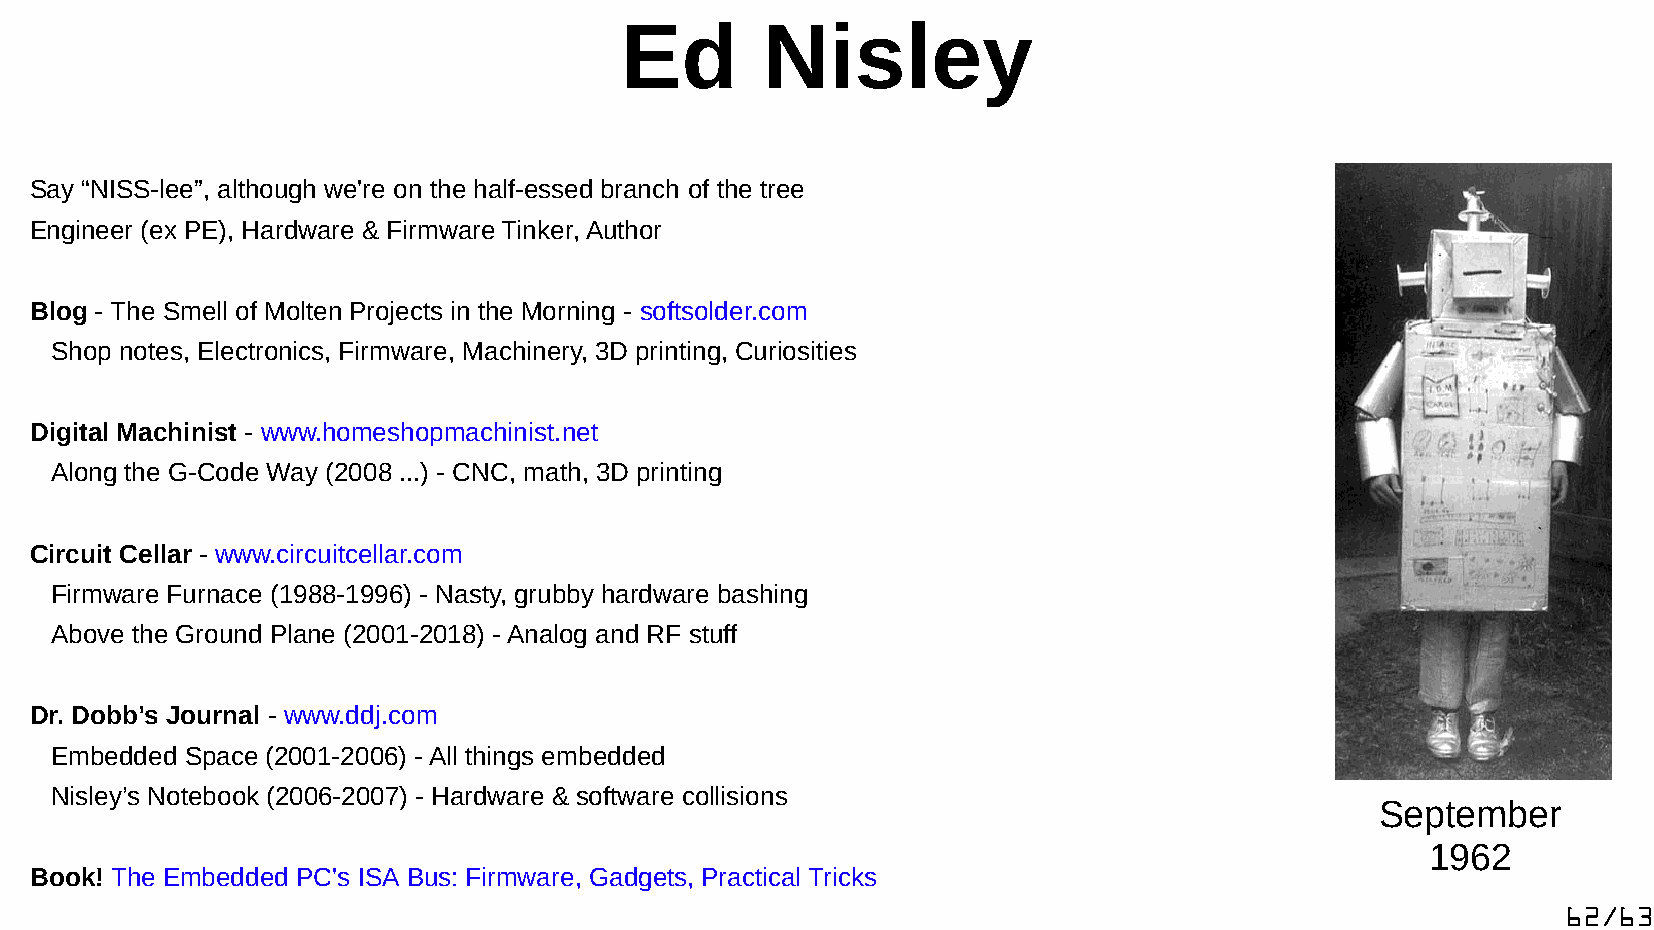
Ed       Nisley
 Say “NISS-lee”, although we're on the half-essed branch of the tree
 Engineer (ex PE), Hardware & Firmware Tinker, Author
 Blog - The Smell of Molten Projects in the Morning - softsolder.com
 Shop notes, Electronics, Firmware, Machinery, 3D printing, Curiosities
 Digital Machinist - www.homeshopmachinist.net
 Along the G-Code Way (2008 ...) - CNC, math, 3D printing
 Circuit Cellar - www.circuitcellar.com
 Firmware Furnace (1988-1996) - Nasty, grubby hardware bashing
 Above the Ground Plane (2001-2018) - Analog and RF stuff
 Dr. Dobb’s Journal - www.ddj.com
 Embedded Space (2001-2006) - All things embedded
 Nisley’s Notebook (2006-2007) - Hardware & software collisions
 September
 1962
 Book! The Embedded PC's ISA Bus: Firmware, Gadgets, Practical Tricks
 62/63